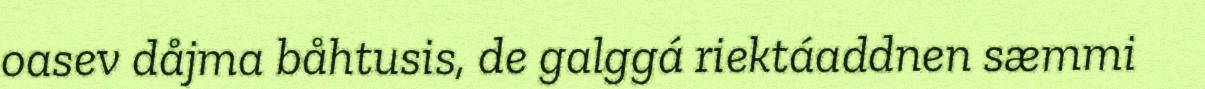
oasev dåjma båhtusis, de galggá riektáaddnen sæmmi